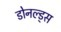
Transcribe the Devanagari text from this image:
डोनल्ड्स